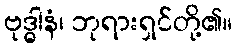
ဗုဒ္ဓါနံ၊ ဘုရားရှင်တို့၏။